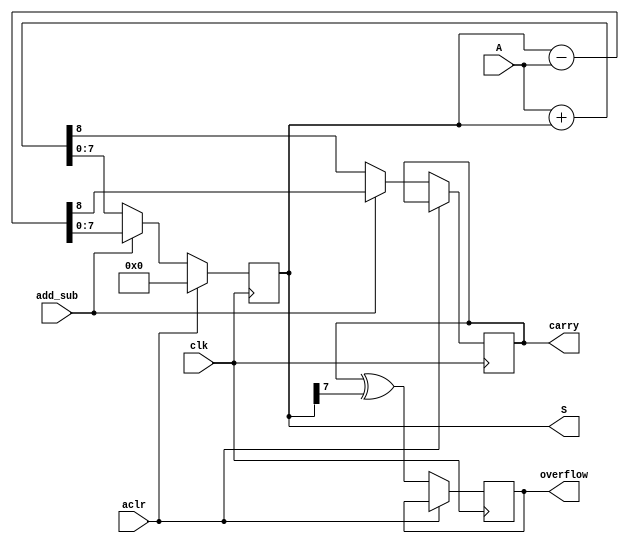
module add_sub_N_bits(
	input [N-1:0] A,
	input clk, aclr, add_sub,
	output reg [N-1:0] S,
	output reg carry, 
	output reg overflow);
	
	parameter N = 8;
	
	always @(posedge clk) begin
		if (aclr)
			S = {N{1'b0}};
		else if (~add_sub) begin
			{carry, S} <= A + S;
			overflow <= carry ^ S[N-1];
		end
		else if (add_sub) begin
			{carry, S} <= S - A;
			overflow <= carry ^ S[N-1];
		end
	end

endmodule